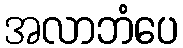
အလာဘံပေ